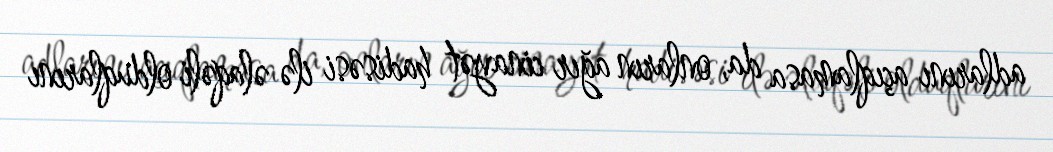
adlarını açıqlamasa da, onların ağır cinayət hadisəsi ilə əlaqəli olduqlarını